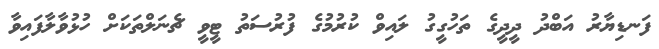
ފަނޑިޔާރު އަބްދު ދީދީގެ ތަހުގީގު ލައިވް ކުރުމުގެ ފުރުސަތު ޓީވީ ޗެނަލްތަކަށް ހުޅުވާލާފައިވާ